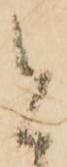
と